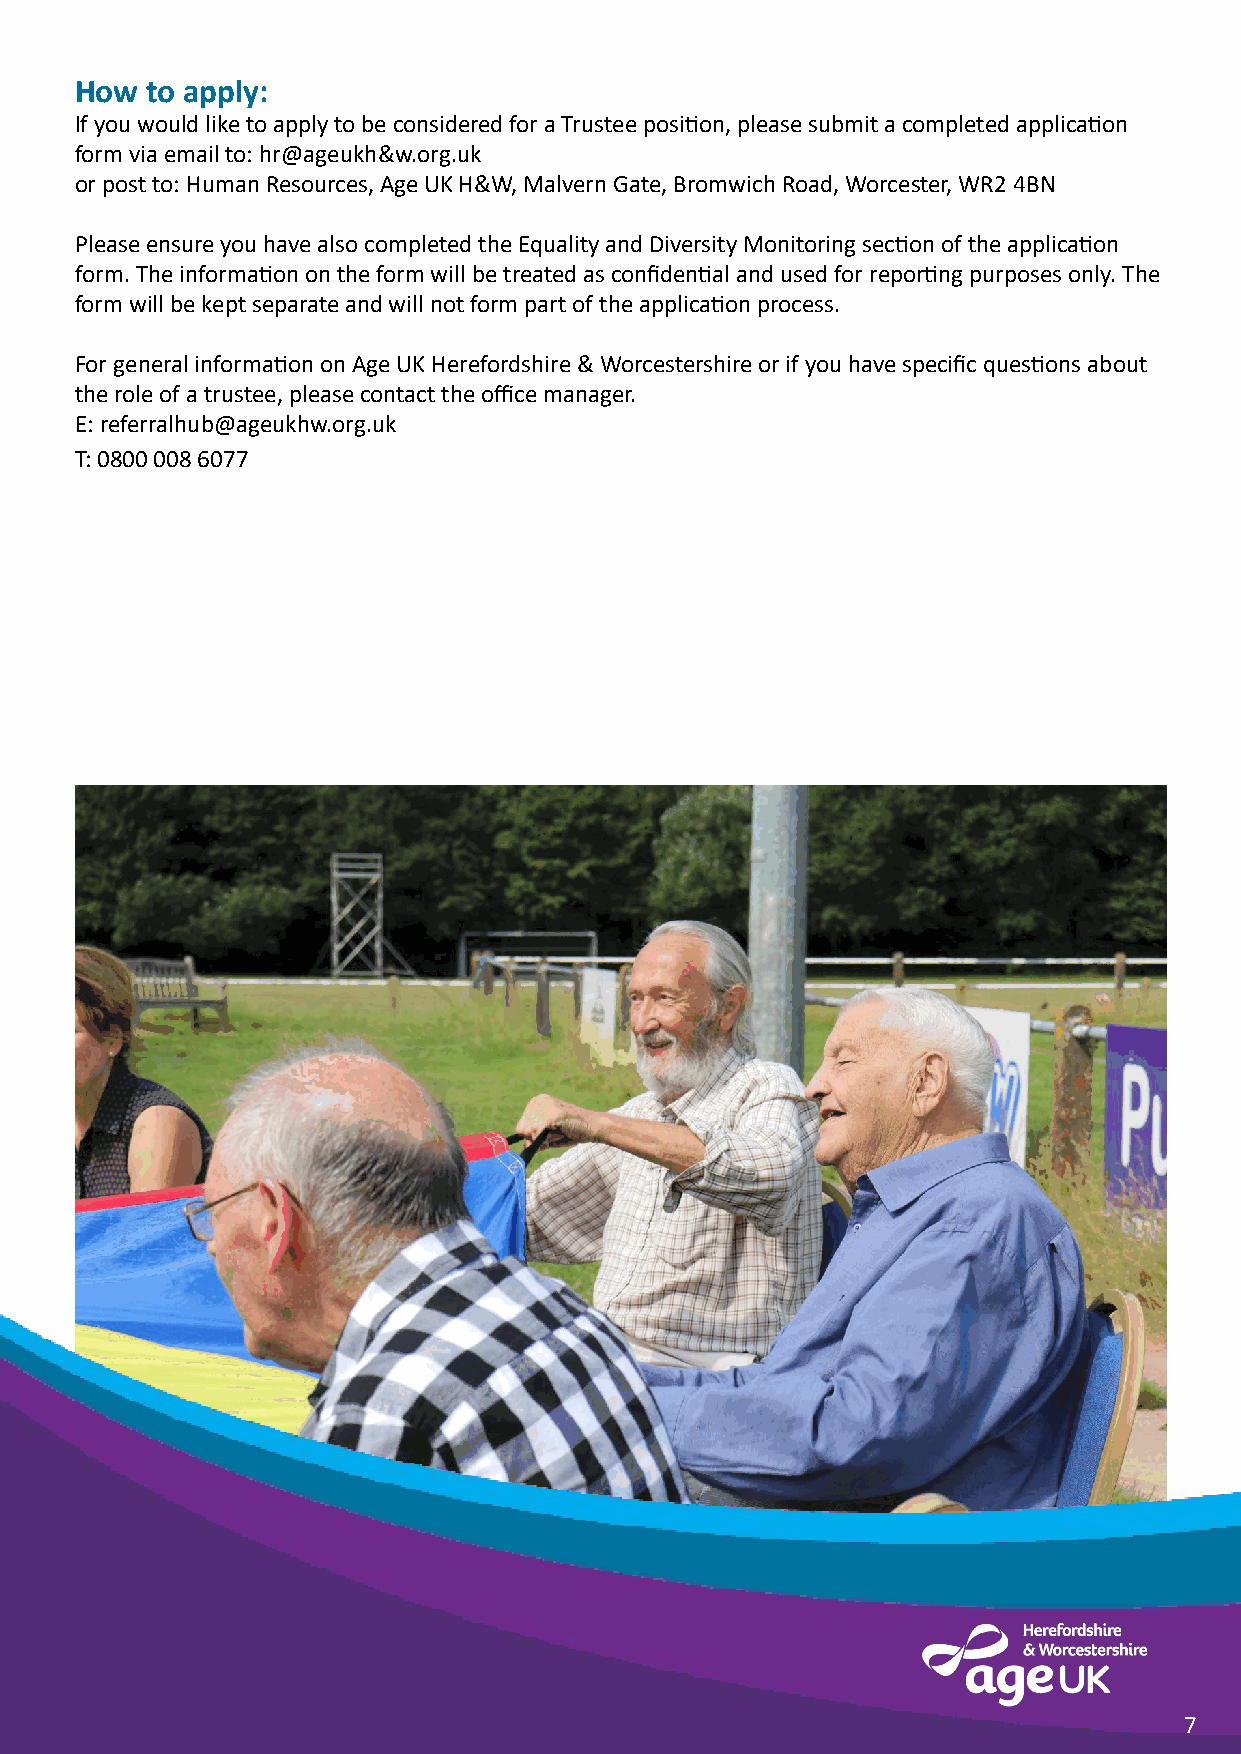
How  to apply:
 If you would like to apply to be considered for a Trustee position, please submit a completed application
 form via email to: hr@ageukh&w.org.uk
 or post to: Human Resources, Age UK H&W, Malvern Gate, Bromwich Road, Worcester, WR2 4BN
 Please ensure you have also completed the Equality and Diversity Monitoring section of the application
 form. The information on the form will be treated as confidential and used for reporting purposes only. The
 form will be kept separate and will not form part of the application process.
 For general information on Age UK Herefordshire & Worcestershire or if you have specific questions about
 the role of a trustee, please contact the office manager.
 E: referralhub@ageukhw.org.uk
 T: 0800 008 6077
 7
 7